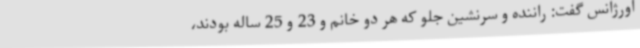
اورژانس گفت: راننده و سرنشین جلو که هر دو خانم‌ و 23 و 25 ساله بودند،